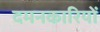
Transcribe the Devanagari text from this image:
दमनकारियों